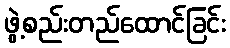
ဖွဲ့စည်းတည်ထောင်ခြင်း